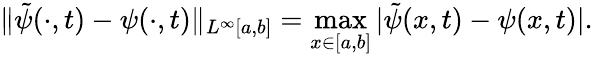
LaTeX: \| \tilde{\psi}(\cdot,t)-\psi(\cdot,t)\| _{L^{\infty}[a,b]}=\operatorname*{max}_{x\in[a,b]}|\tilde{\psi}(x,t)-\psi(x,t)|.